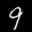
Label: 9